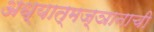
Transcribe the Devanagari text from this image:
अध्यात्मज्ञानाची